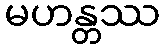
မဟန္တဿ